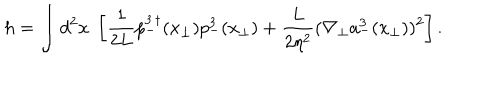
LaTeX: h = \int d ^ { 2 } x \; \left[ \frac { 1 } { 2 L } p _ { - } ^ { 3 \, \dagger } ( { x } _ { \bot } ) p _ { - } ^ { 3 } ( { x } _ { \bot } ) + \frac { L } { 2 \eta ^ { 2 } } ( \nabla _ { \bot } a _ { - } ^ { 3 } ( { x } _ { \bot } ) ) ^ { 2 } \right] .